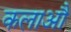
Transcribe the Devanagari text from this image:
कलाऔ